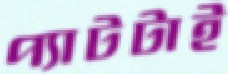
প্যাটটাই